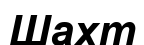
Шахт